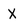
Character: X